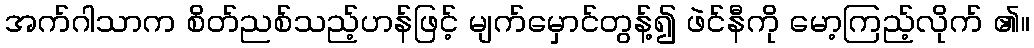
အက်ဂါသာက စိတ်ညစ်သည့်ဟန်ဖြင့် မျက်မှောင်တွန့်၍ ဖဲင်နီကို မော့ကြည့်လိုက် ၏။